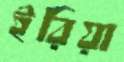
ইরিয়া